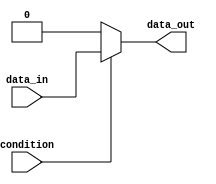
module if_else_example (
    input wire condition,
    input wire data_in,
    output reg data_out
);

always @(*) begin
    if (~condition) begin
        // Execute this block if the condition is false
        data_out = 1'b0;
    end
    else begin
        // Execute this block if the condition is true
        data_out = data_in;
    end
end

endmodule